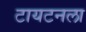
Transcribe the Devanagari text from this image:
टायटनला